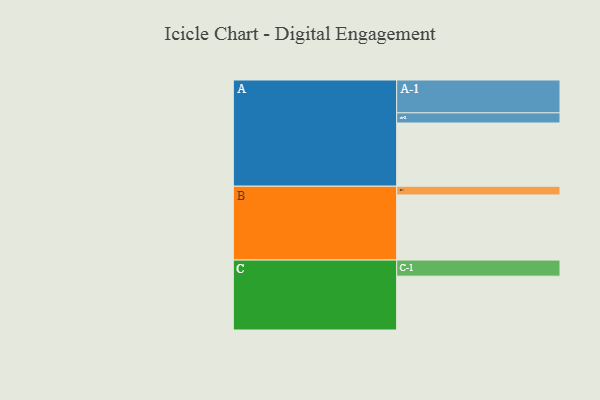
{"axis": {"x": "Segment", "y": "Value"}, "legend": ["", "A", "B", "C"], "data": [{"x": "A", "y": 566, "type": ""}, {"x": "B", "y": 583, "type": ""}, {"x": "C", "y": 482, "type": ""}, {"x": "A-1", "y": 294, "type": "A"}, {"x": "A-2", "y": 91, "type": "A"}, {"x": "B-1", "y": 78, "type": "B"}, {"x": "C-1", "y": 144, "type": "C"}]}